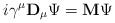
\begin{align*}i\gamma^\mu {\bf D}_\mu \Psi = {\bf M} \Psi\end{align*}